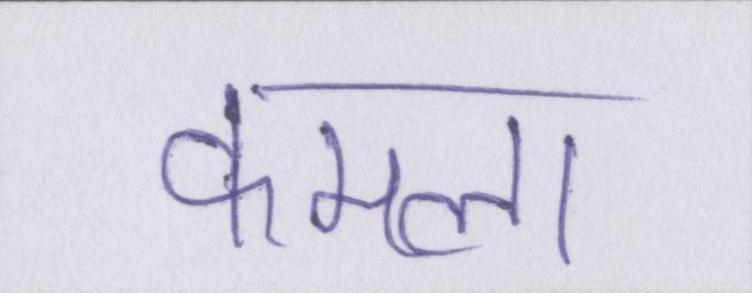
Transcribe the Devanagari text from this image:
कमला